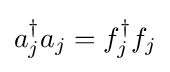
a_{j}^{\dagger }a_{j}=f_{j}^{\dagger }f_{j}